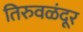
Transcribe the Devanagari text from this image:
तिरुवळंदूर